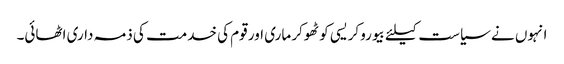
انہوں نے سیاست کیلئے بیوروکریسی کو ٹھوکر ماری اور قوم کی خدمت کی ذمہ داری اٹھائی۔